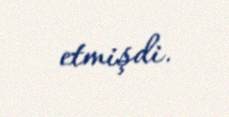
etmişdi.